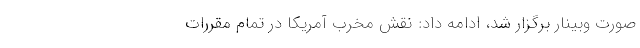
صورت وبینار برگزار شد، ‌ادامه داد: نقش مخرب آمریکا در تمام مقررات